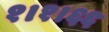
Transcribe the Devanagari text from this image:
१।१।६६